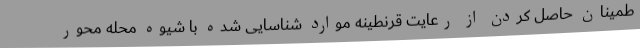
طمینان حاصل کردن از رعایت قرنطینه موارد شناسایی شده با شیوه محله محور